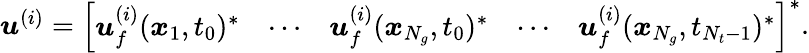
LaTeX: \begin{array}{r}{\boldsymbol{u}^{(i)}=\left[\begin{array}{lllll}{\boldsymbol{u}_{f}^{(i)}(\boldsymbol{x}_{1},t_{0})^{*}}&{\cdots}&{\boldsymbol{u}_{f}^{(i)}(\boldsymbol{x}_{N_{g}},t_{0})^{*}}&{\cdots}&{\boldsymbol{u}_{f}^{(i)}(\boldsymbol{x}_{N_{g}},t_{N_{t}-1})^{*}}\end{array}\right]^{*}.}\end{array}